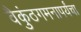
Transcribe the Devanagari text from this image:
वैकुंठगमनापर्यंचा